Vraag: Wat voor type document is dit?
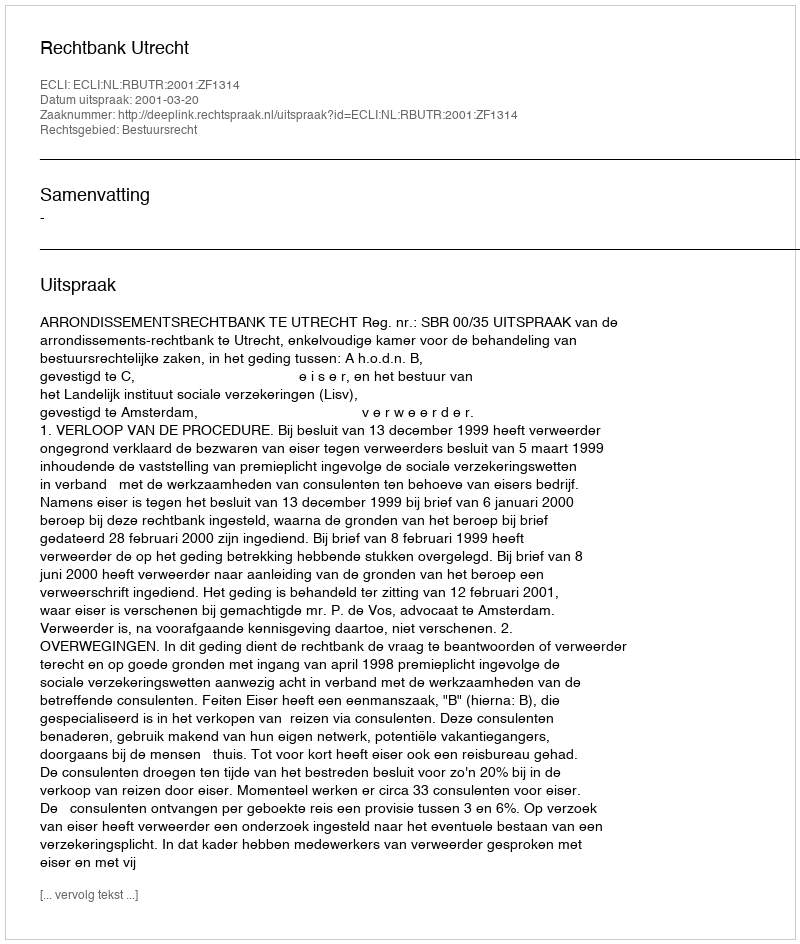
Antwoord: Uitspraak